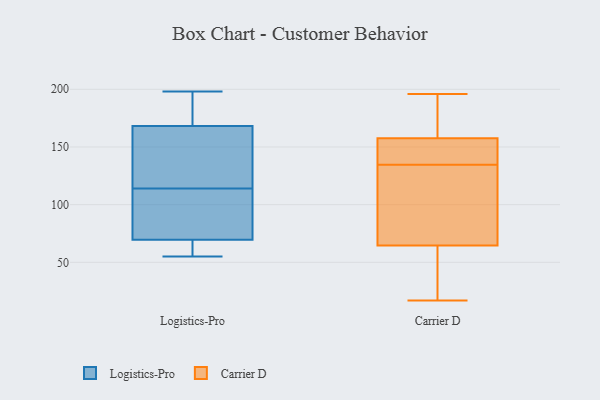
{"axis": {"x": "Satisfaction Score", "y": "Value"}, "legend": ["Carrier D", "Logistics-Pro"], "data": [{"x": "", "y": 192, "type": "Logistics-Pro"}, {"x": "", "y": 163, "type": "Logistics-Pro"}, {"x": "", "y": 65, "type": "Logistics-Pro"}, {"x": "", "y": 104, "type": "Logistics-Pro"}, {"x": "", "y": 163, "type": "Logistics-Pro"}, {"x": "", "y": 170, "type": "Logistics-Pro"}, {"x": "", "y": 198, "type": "Logistics-Pro"}, {"x": "", "y": 61, "type": "Logistics-Pro"}, {"x": "", "y": 55, "type": "Logistics-Pro"}, {"x": "", "y": 83, "type": "Logistics-Pro"}, {"x": "", "y": 114, "type": "Logistics-Pro"}, {"x": "", "y": 17, "type": "Carrier D"}, {"x": "", "y": 105, "type": "Carrier D"}, {"x": "", "y": 88, "type": "Carrier D"}, {"x": "", "y": 35, "type": "Carrier D"}, {"x": "", "y": 190, "type": "Carrier D"}, {"x": "", "y": 41, "type": "Carrier D"}, {"x": "", "y": 167, "type": "Carrier D"}, {"x": "", "y": 146, "type": "Carrier D"}, {"x": "", "y": 147, "type": "Carrier D"}, {"x": "", "y": 148, "type": "Carrier D"}, {"x": "", "y": 123, "type": "Carrier D"}, {"x": "", "y": 196, "type": "Carrier D"}]}